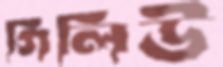
গিলিউ